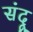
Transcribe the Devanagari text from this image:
संदू